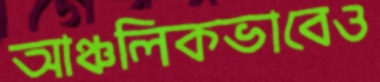
আঞ্চলিকভাবেও